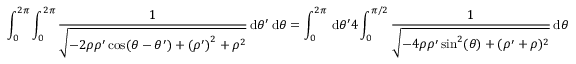
\int _ { 0 } ^ { 2 \pi } \int _ { 0 } ^ { 2 \pi } \frac { 1 } { \sqrt { - 2 \rho \rho ^ { \prime } \cos ( \theta - \theta ^ { \prime } ) + { ( \rho ^ { \prime } ) } ^ { 2 } + \rho ^ { 2 } } } \, { \mathrm { d } } \theta ^ { \prime } \, { \mathrm { d } } \theta = \int _ { 0 } ^ { 2 \pi } \, { \mathrm { d } } \theta ^ { \prime } 4 \int _ { 0 } ^ { \pi / 2 } \frac { 1 } { \sqrt { - 4 \rho \rho ^ { \prime } \sin ^ { 2 } ( \theta ) + ( { \rho ^ { \prime } } + \rho ) ^ { 2 } } } \, { \mathrm { d } } \theta